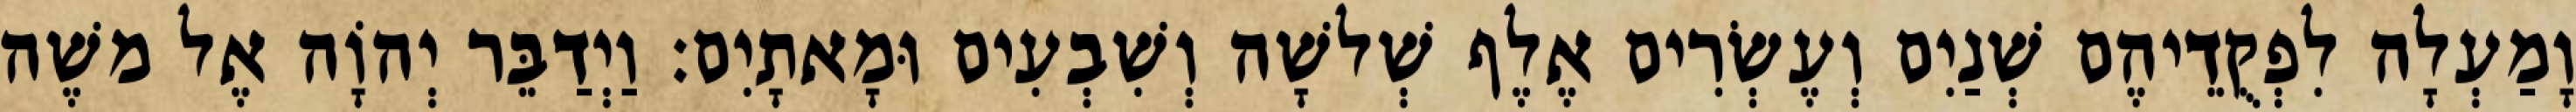
וָמַעְלָה לִפְקֻדֵיהֶם שְׁנַיִם וְעֶשְׂרִים אֶלֶף שְׁלשָׁה וְשִׁבְעִים וּמָאתָיִם׃ וַיְדַבֵּר יְהוָֹה אֶל משֶׁה